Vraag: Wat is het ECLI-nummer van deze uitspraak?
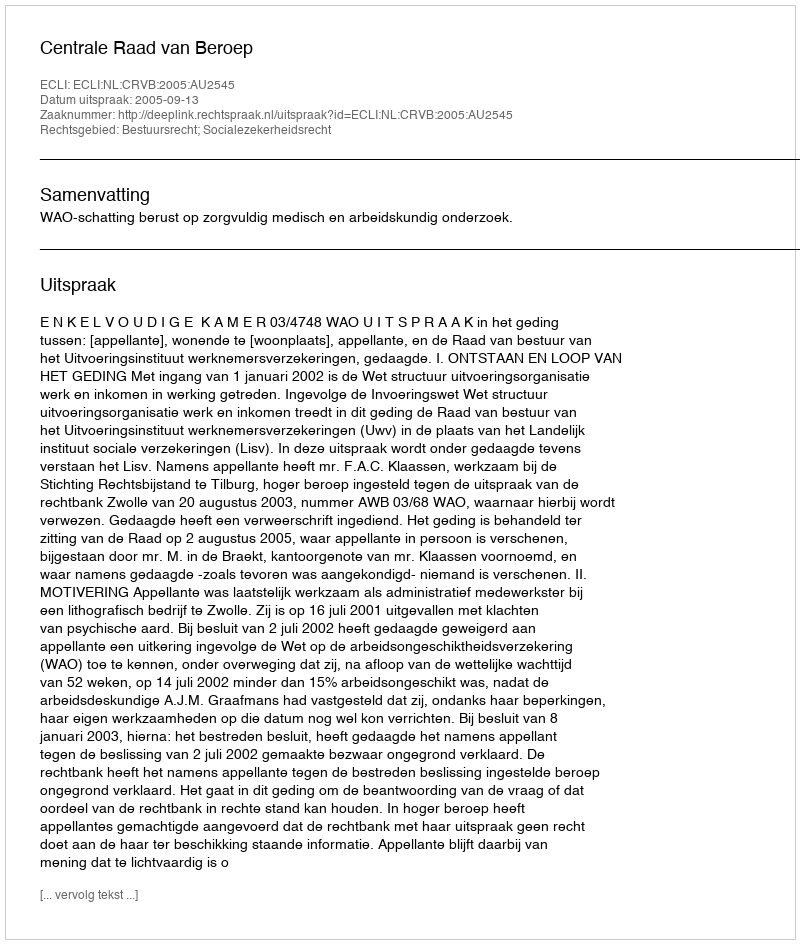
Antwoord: ECLI:NL:CRVB:2005:AU2545